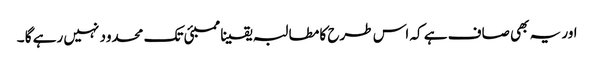
اور یہ بھی صاف ہے کہ اس طرح کا مطالبہ یقینا ممبئی تک محدود نہیں رہے گا ۔